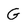
Character: G